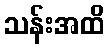
သန်းအထိ